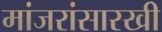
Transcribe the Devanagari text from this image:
मांजरांसारखी